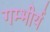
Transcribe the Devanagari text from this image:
गम्भीर्य